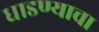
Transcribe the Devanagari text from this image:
धाडण्याचा